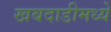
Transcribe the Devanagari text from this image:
खबदाडीमध्ये